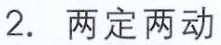
2. 两定两动